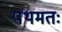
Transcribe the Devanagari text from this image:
पथमतः